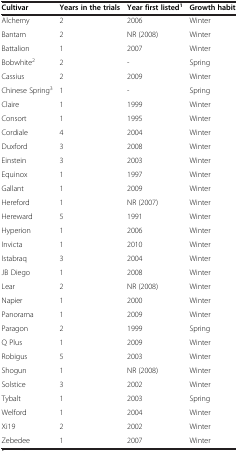
<table><thead><tr><td><b>Cultivar</b></td><td><b>Years in the trials</b></td><td><b>Year first listed<sup>1</sup></b></td><td><b>Growth habit</b></td></tr></thead><tbody><tr><td>Alchemy</td><td>2</td><td>2006</td><td>Winter</td></tr><tr><td>Bantam</td><td>2</td><td>NR (2008)</td><td>Winter</td></tr><tr><td>Battalion</td><td>1</td><td>2007</td><td>Winter</td></tr><tr><td>Bobwhite<sup>2</sup></td><td>2</td><td>-</td><td>Spring</td></tr><tr><td>Cassius</td><td>2</td><td>2009</td><td>Winter</td></tr><tr><td>Chinese Spring<sup>3</sup></td><td>1</td><td>-</td><td>Spring</td></tr><tr><td>Claire</td><td>1</td><td>1999</td><td>Winter</td></tr><tr><td>Consort</td><td>1</td><td>1995</td><td>Winter</td></tr><tr><td>Cordiale</td><td>4</td><td>2004</td><td>Winter</td></tr><tr><td>Duxford</td><td>3</td><td>2008</td><td>Winter</td></tr><tr><td>Einstein</td><td>3</td><td>2003</td><td>Winter</td></tr><tr><td>Equinox</td><td>1</td><td>1997</td><td>Winter</td></tr><tr><td>Gallant</td><td>1</td><td>2009</td><td>Winter</td></tr><tr><td>Hereford</td><td>1</td><td>NR (2007)</td><td>Winter</td></tr><tr><td>Hereward</td><td>5</td><td>1991</td><td>Winter</td></tr><tr><td>Hyperion</td><td>1</td><td>2006</td><td>Winter</td></tr><tr><td>Invicta</td><td>1</td><td>2010</td><td>Winter</td></tr><tr><td>Istabraq</td><td>3</td><td>2004</td><td>Winter</td></tr><tr><td>JB Diego</td><td>1</td><td>2008</td><td>Winter</td></tr><tr><td>Lear</td><td>2</td><td>NR (2008)</td><td>Winter</td></tr><tr><td>Napier</td><td>1</td><td>2000</td><td>Winter</td></tr><tr><td>Panorama</td><td>1</td><td>2009</td><td>Winter</td></tr><tr><td>Paragon</td><td>2</td><td>1999</td><td>Spring</td></tr><tr><td>Q Plus</td><td>1</td><td>2009</td><td>Winter</td></tr><tr><td>Robigus</td><td>5</td><td>2003</td><td>Winter</td></tr><tr><td>Shogun</td><td>1</td><td>NR (2008)</td><td>Winter</td></tr><tr><td>Solstice</td><td>3</td><td>2002</td><td>Winter</td></tr><tr><td>Tybalt</td><td>1</td><td>2003</td><td>Spring</td></tr><tr><td>Welford</td><td>1</td><td>2004</td><td>Winter</td></tr><tr><td>Xi19</td><td>2</td><td>2002</td><td>Winter</td></tr><tr><td>Zebedee</td><td>1</td><td>2007</td><td>Winter</td></tr></tbody></table>